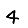
Digit: 4